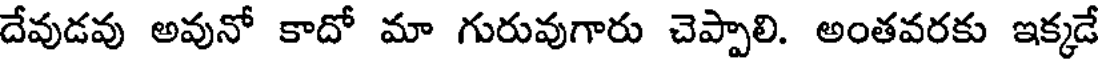
దేవుడవు అవునో కాదో మా గురువుగారు చెప్పాలి. అంతవరకు ఇక్కడే